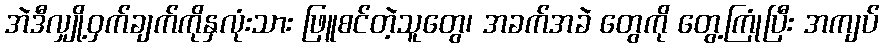
အဲဒီလျှို့ဝှက်ချက်ကိုနှလုံးသား ဖြူစင်တဲ့သူတွေ၊ အခက်အခဲ တွေကို တွေ့ကြုံပြီး အကျပ်